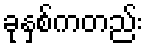
ခုနှစ်ကတည်း